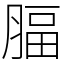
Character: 腷